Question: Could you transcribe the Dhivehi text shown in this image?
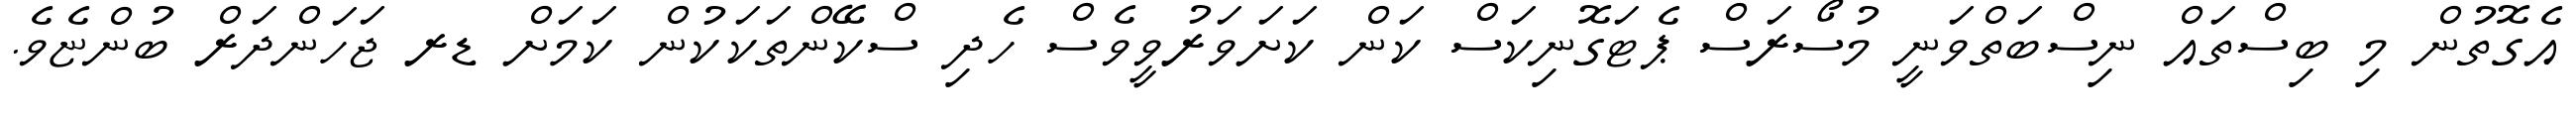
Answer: އެގޮތުން މި ބިސްތައް ނިސްބަތްވަނީ މުސޯރަސް ޕެޓަގޮނިކަސް ކަން ކަށަވަރުވީވެސް ހެދި ސްކޭންތަކަކުން ކަމަށް ޑރ ޖަހަންދަރް ބުންޏެވެ.